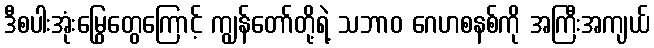
ဒီစပါးအုံးမြွေတွေကြောင့် ကျွန်တော်တို့ရဲ့ သဘာဝ ဂေဟစနစ်ကို အကြီးအကျယ်